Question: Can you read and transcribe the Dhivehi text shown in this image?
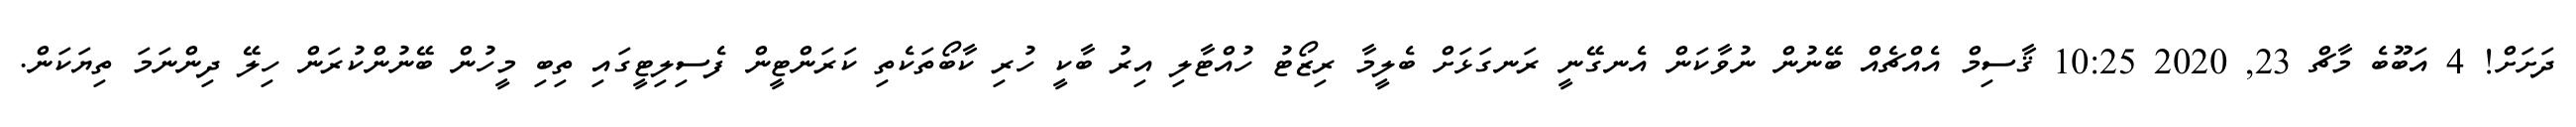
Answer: ދަށަށް! 4 އަބޫބެ މާޗް 23, 2020 10:25 ޤާސިމް އެއްޗެއް ބޭނުން ނުވާކަން އެނގޭނީ ރަނގަޅަށް ބެލީމާ ރިޒޯޓު ހުއްޓާލި އިރު ބާކީ ހުރި ކާބޯތަކެތި ކަރަންޓީން ފެސިލިޓީގައި ތިބި މީހުން ބޭނުންކުރަން ހިލޭ ދިންނަމަ ތިޔަކަން.